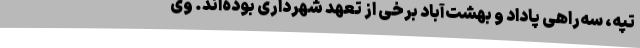
تپه، سه‌راهی پاداد و بهشت‌آباد برخی از تعهد شهرداری بوده‌اند. وی